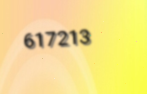
617213